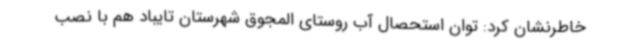
خاطرنشان کرد: توان استحصال آب روستای المجوق شهرستان تایباد هم با نصب